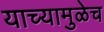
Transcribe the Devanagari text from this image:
याच्यामुळेच